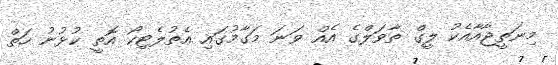
މިނަތީޖާއާއެކު ލީގް ތާވަލްގެ އެއްް ވަނަ މަގާމުގައި އެތުލެޓިކޯ އޮތީ ކުޅުނު ހަތް